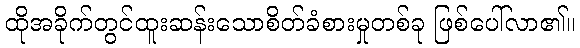
ထိုအခိုက်တွင်ထူးဆန်းသောစိတ်ခံစားမှုတစ်ခု ဖြစ်ပေါ်လာ၏။